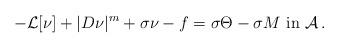
LaTeX: \begin{align*} -\mathcal{L}[\nu]+|D\nu|^m+\sigma \nu-f= \sigma \Theta-\sigma M\text{ in }\mathcal{A}\,.\end{align*}